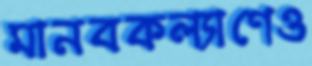
মানবকল্যাণেও